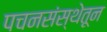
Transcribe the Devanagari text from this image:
पचनसंस्थेतून